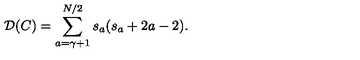
{ \mathcal D } ( C ) = \sum _ { a = \gamma + 1 } ^ { N / 2 } s _ { a } ( s _ { a } + 2 a - 2 ) .